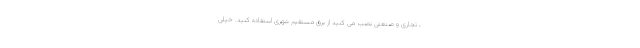
، تجاری و صنعتی نصب می کنید از برق مستقیم شهری استفاده کنید. خیلی